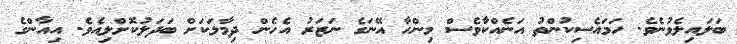
ބަލައިލެވުނެވެ. ހަމައެސިކުންތު އަނެއްކާވެސް މިންހާ އޭނަގެ ނަޒަރު އެހެން ދިމާލަކަށް ބަދަލުކޮށްލިއެވެ. އިއާންގެ